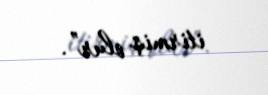
itirmiş olur”.